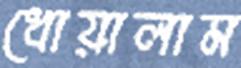
ধোয়ালাম